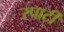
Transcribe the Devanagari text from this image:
स्पार्टी